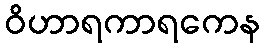
ဝိဟာရကာရကေန